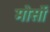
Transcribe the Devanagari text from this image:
मोर्सो